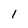
Character: l